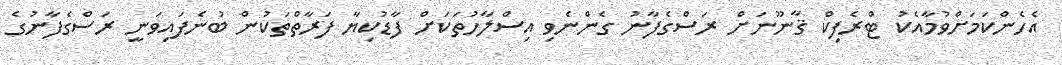
އެހެންކަމަށްވުމާއެކު ޓްރެފިކް ޤާނޫނަށް ރަސްގެފާނު ގެންނެވި އިސްލާހުތަކަށް ފާޑުކިޔާ ފަރާތްތަކުން ބުނެފައިވަނީ ރަސްގެފާނުގެ